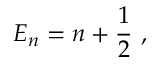
E _ { n } = n + { \frac { 1 } { 2 } } ~ ,